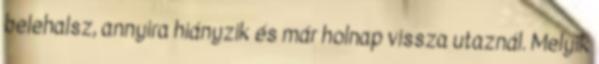
belehalsz, annyira hiányzik és már holnap vissza utaznál. Melyik